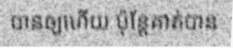
បានឲ្យហើយ ប៉ុន្តែគាត់បាន